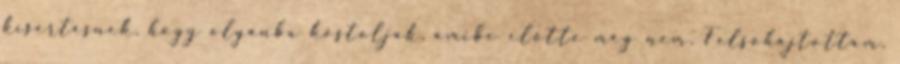
kísértésnek, hogy olyanba kóstoljak, amibe előtte még nem. Felsóhajtottam,